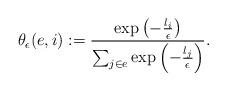
LaTeX: \begin{align*} \theta_\epsilon(e, i) := \frac{ \exp \left ( - \frac{l_i}{\epsilon} \right ) }{\sum_{j \in e} \exp \left ( - \frac{l_j}{\epsilon} \right )}.\end{align*}